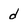
Character: d